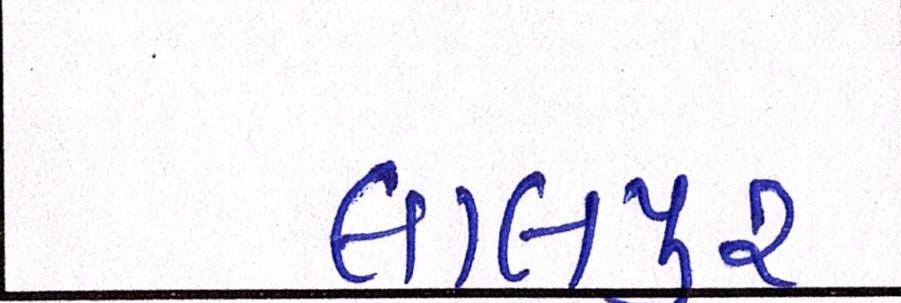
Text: લાલપુર